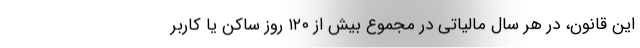
این قانون، در هر سال مالیاتی در مجموع بیش از ۱۲۰ روز ساکن یا کاربر